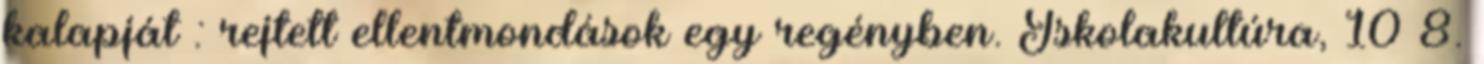
kalapját : rejtett ellentmondások egy regényben. Iskolakultúra, 10 8.